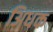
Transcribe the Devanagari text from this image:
अिधक